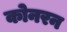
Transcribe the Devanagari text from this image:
कोनरन